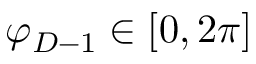
\varphi _ { D - 1 } \in [ 0 , 2 \pi ]